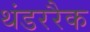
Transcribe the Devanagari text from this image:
थंडररैक